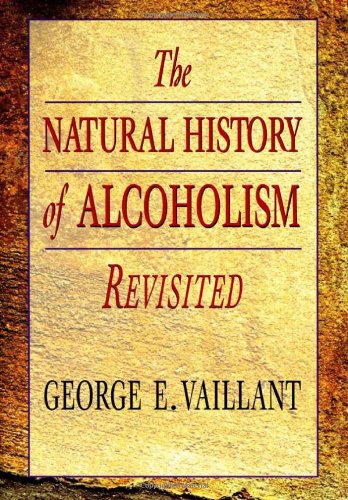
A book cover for The Natural History of Alcoholism Revisited; George E. Vaillant; Medical Books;